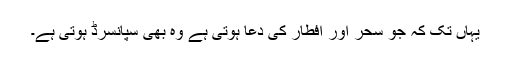
یہاں تک کہ جو سحر اور افطار کی دعا ہوتی ہے وہ بھی سپانسرڈ ہوتی ہے۔